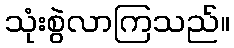
သုံးစွဲလာကြသည်။